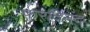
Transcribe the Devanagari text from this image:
फरदिनंद